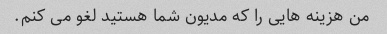
من هزینه هایی را که مدیون شما هستید لغو می کنم.